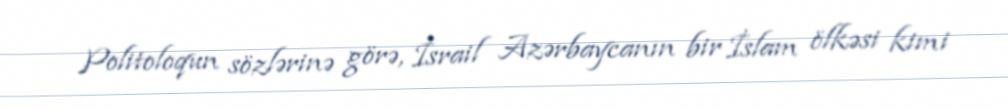
Politoloqun sözlərinə görə, İsrail Azərbaycanın bir İslam ölkəsi kimi